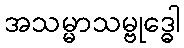
အသမ္မာသမ္ဗုဒ္ဓေါ